Annual statistical returns and brief notes on vaccination in Bengal - 1909-1929
Year: 1909
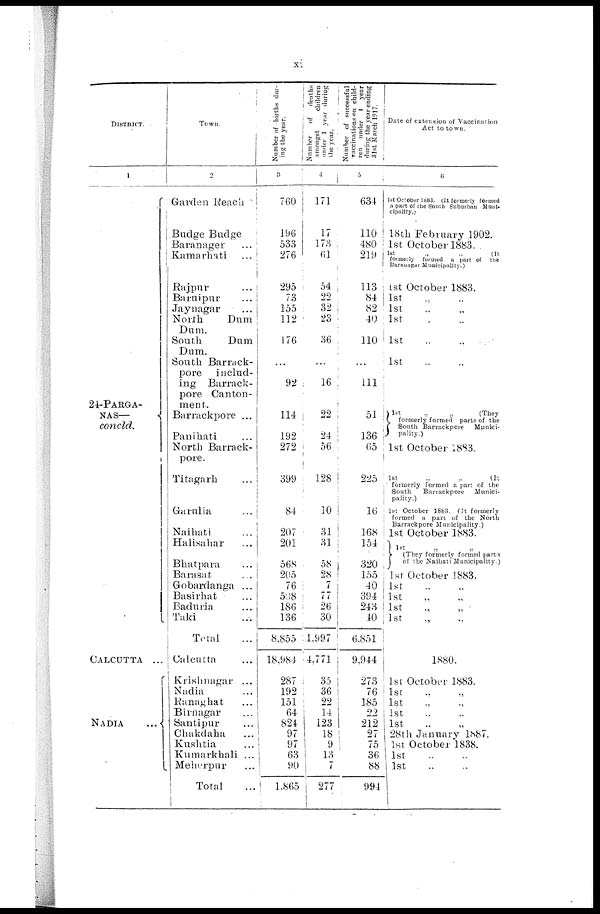
xi
DISTRICT.
1
24-PARGA-
NAS—
concld.
CALCUTTA ...
NADIA...
Town.
2
Garden Reach
Budge Budge
Baranager...
Kamarhati
Rajpur...
Baruipur...
Jaynagar...
North
Dam
Dam.
South
Dam
Dam.
South Barrack-
pore
includ-
ing Barrack-
pore Canton-
ment.
Barrackpore ...
Panihati...
North Barrack-
pore.
Titagarh...
Garulia...
Naihati...
Halisahar...
Bhatpara...
Barasat...
Gobardanga...
Basirhat...
Baduria...
Taki...
Total...
Calcutta...
Krishnagar...
Nadia...
Ranaghat...
Birnagar...
Santipur...
Chakdaha...
Kushtia...
Kumarkhali...
Meherpur...
Total...
Number of births dur-
ing the year.
3
760
196
533
276
295
73
155
112
176
...
92
114
192
272
399
84
207
201
568
205
76
508
186
136
8,855
18,984
287
192
151
64
824
97
97
63
90
1,865
Number
of
deaths
amongst
children
under 1 year during
the year.
4
171
17
173
61
54
22
32
23
36
...
16
22
24
56
128
10
31
31
58
28
7
77
26
30
1,997
4,771
35
36
22
14
123
18
9
13
7
277
Number of successful
vaccinations on child-
ren under 1 year
during the year ending
31st March 1917.
5
634
110
480
219
113
84
82
40
110
...
111
51
136
65
225
16
168
154
320
155
40
394
243
40
6,851
9,944
273
76
185
22
212
27
75
36
88
994
Date of extension of Vaccination
Act to town.
6
1st October 1883. (It formerly formed
a part of the South Suburban Muni-
cipality.
18th February 1902.
1st October 1883.
1st
„
„
(It
formerly formed a part of the
Baranager Municipality.)
1st October 1883.
1st „ „
1st „ „
1st
1st
1st
1st
„
„
(They
formerly formed parts of the
South Barrackpore
Munici-
pality.)
1st October 1883.
1st
„
„
(It
formerly formed a part of the
South
Barrackpore
Munici-
pality.)
1st October 1883. (It formerly
formed a part of the North
Barrackpore Municipality.)
1st October 1883.
1st
„ „
(They formerly formed parts
of the Naihati Municipality.)
1st October 1883.
1st „ „
1st „ „
1st „ „
1st „ „
1880.
1st October 1883.
1st „ „
1st „ „
1st „ „
1st „ „
28th January 1887.
1st October 1838.
1st „ „
1st „ „